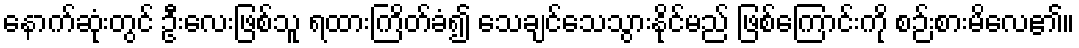
နောက်ဆုံးတွင် ဦးလေးဖြစ်သူ ရထားကြိတ်ခံ၍ သေချင်သေသွားနိုင်မည် ဖြစ်ကြောင်းကို စဉ်းစားမိလေ၏။